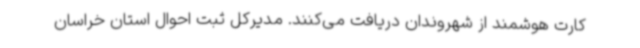
کارت هوشمند از شهروندان دریافت می‌کنند. مدیرکل ثبت احوال استان خراسان